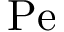
\mathrm { P e }